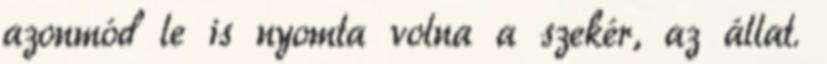
azonmód le is nyomta volna a szekér, az állat.